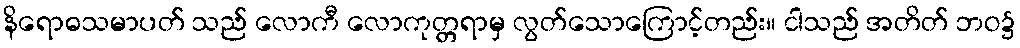
နိရောဓသမာပတ် သည် လောကီ လောကုတ္တရာမှ လွတ်သောကြောင့်တည်း။ ငါသည် အတိတ် ဘဝ၌